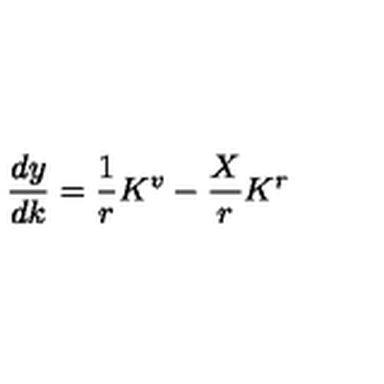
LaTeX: \frac { d y } { d k } = \frac { 1 } { r } K ^ { v } - \frac { X } { r } K ^ { r }